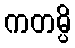
ကတမ္ပိ